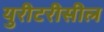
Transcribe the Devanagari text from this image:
युरीटरीसील